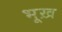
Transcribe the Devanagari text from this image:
भूख़